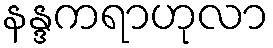
နန္ဒကရာဟုလာ